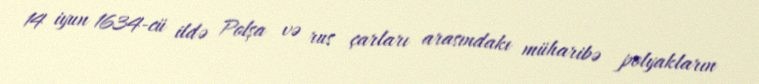
14 iyun 1634-cü ildə Polşa və rus çarları arasındakı müharibə polyakların